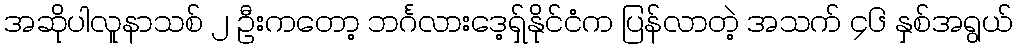
အဆိုပါလူနာသစ် ၂ ဦးကတော့ ဘင်္ဂလားဒေ့ရှ်နိုင်ငံက ပြန်လာတဲ့ အသက် ၄၆ နှစ်အရွယ်